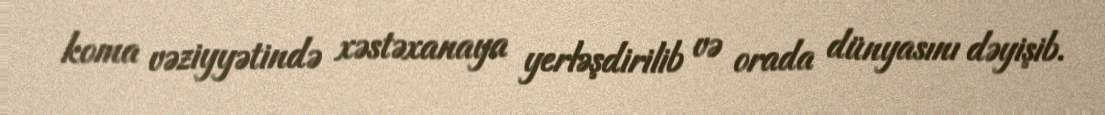
koma vəziyyətində xəstəxanaya yerləşdirilib və orada dünyasını dəyişib.